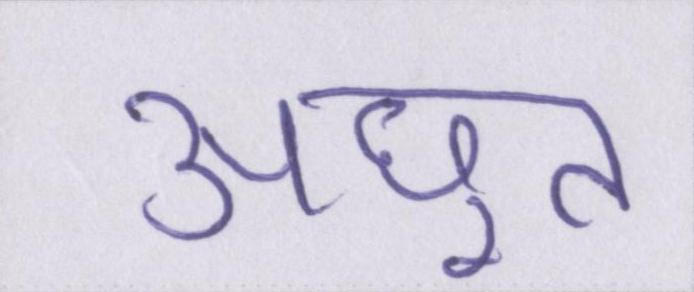
अछूत